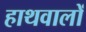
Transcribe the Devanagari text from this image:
हाथवालों